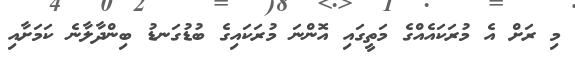
މި ރަށް އެ މުރަކައެއްގެ މަތީގައި އޮންނަ މުރަކައިގެ ބުޑުގަނޑު ބިންދާލާނެ ކަމަށާއި